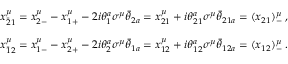
\begin{array} { c } { { x _ { \bar { 2 } 1 } ^ { \mu } = x _ { 2 - } ^ { \mu } - x _ { 1 + } ^ { \mu } - 2 i \theta _ { 1 } ^ { a } \sigma ^ { \mu } \bar { \theta } _ { 2 a } = x _ { 2 1 } ^ { \mu } + i \theta _ { 2 1 } ^ { a } \sigma ^ { \mu } \bar { \theta } _ { 2 1 a } = ( x _ { 2 1 } ) _ { - } ^ { \mu } \, , } } \\ { { { } } } \\ { { x _ { \bar { 1 } 2 } ^ { \mu } = x _ { 1 - } ^ { \mu } - x _ { 2 + } ^ { \mu } - 2 i \theta _ { 2 } ^ { a } \sigma ^ { \mu } \bar { \theta } _ { 1 a } = x _ { 1 2 } ^ { \mu } + i \theta _ { 1 2 } ^ { a } \sigma ^ { \mu } \bar { \theta } _ { 1 2 a } = ( x _ { 1 2 } ) _ { - } ^ { \mu } \, . } } \end{array}